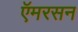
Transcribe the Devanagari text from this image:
ऍमरसन